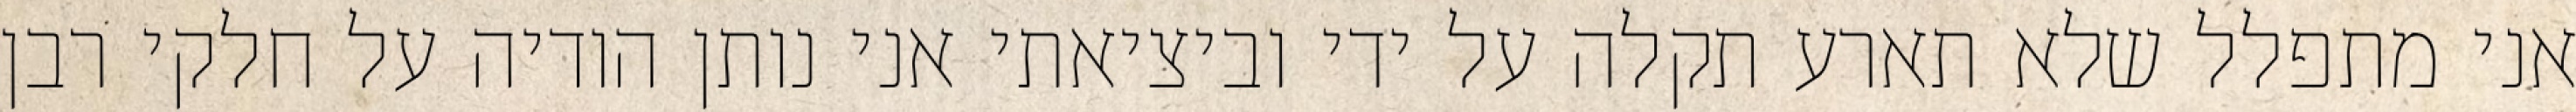
אני מתפלל שלא תארע תקלה על ידי וביציאתי אני נותן הודיה על חלקי רבן